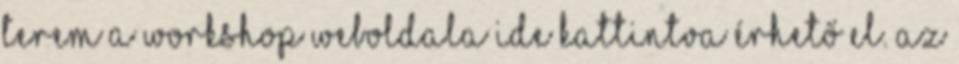
terem A workshop weboldala ide kattintva érhető el. Az